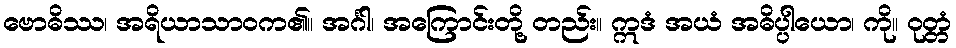
ဗောဓိဿ၊ အရိယာသာဝက၏။ အင်္ဂါ၊ အကြောင်းတို့ တည်း။ ဣဒံ အယံ အဓိပ္ပါယော၊ ကို။ ဝုတ္တံ